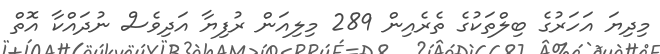
މިދިޔަ އަހަރުގެ ބިލްތަކުގެ ތެރެއިން 289 މިލިއަން ރުފިޔާ އަދިވެސް ނުދައްކާ އޮތް